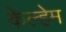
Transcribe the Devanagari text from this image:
केल्हेम